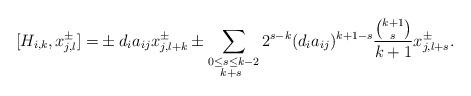
LaTeX: \begin{align*}[H_{i,k}, x_{j,l}^{\pm}]=&\pm d_ia_{ij}x_{j,l+k}^{\pm}\pm\sum_{\substack{0\leq s\leq k-2\\ k+s\ }}2^{s-k}(d_ia_{ij})^{k+1-s}\frac{{ k+1\choose s}}{k+1}x_{j,l+s}^{\pm}.\end{align*}